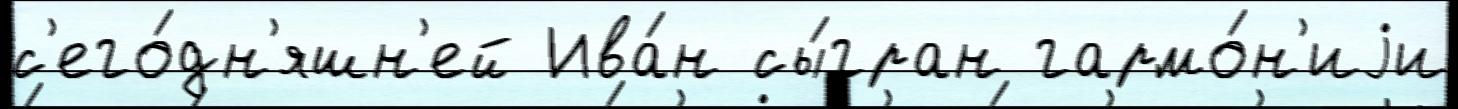
с'его́дн'яшн'ей Ива́н сы́гран гармо́н'иjи